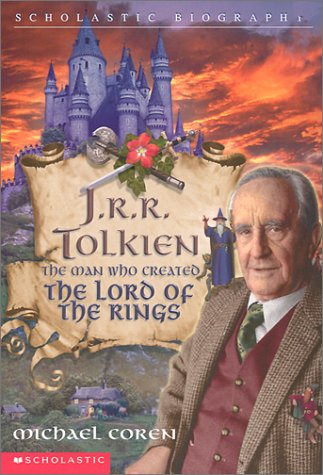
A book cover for J. R. R. Tolkien: The Man Who Created The Lord of the Rings; Michael Coren; Teen & Young Adult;